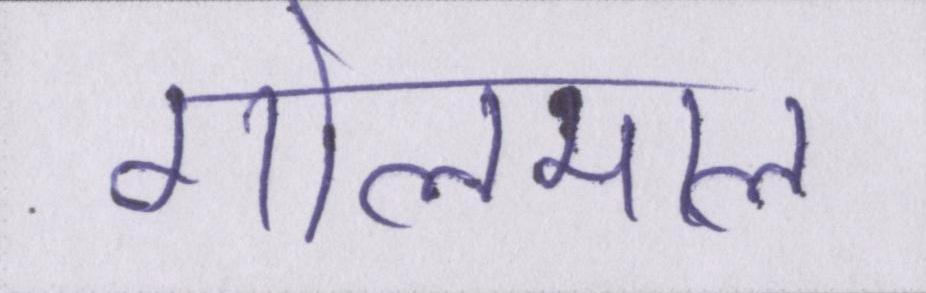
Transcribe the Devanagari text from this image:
गोलमाल